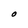
Character: O